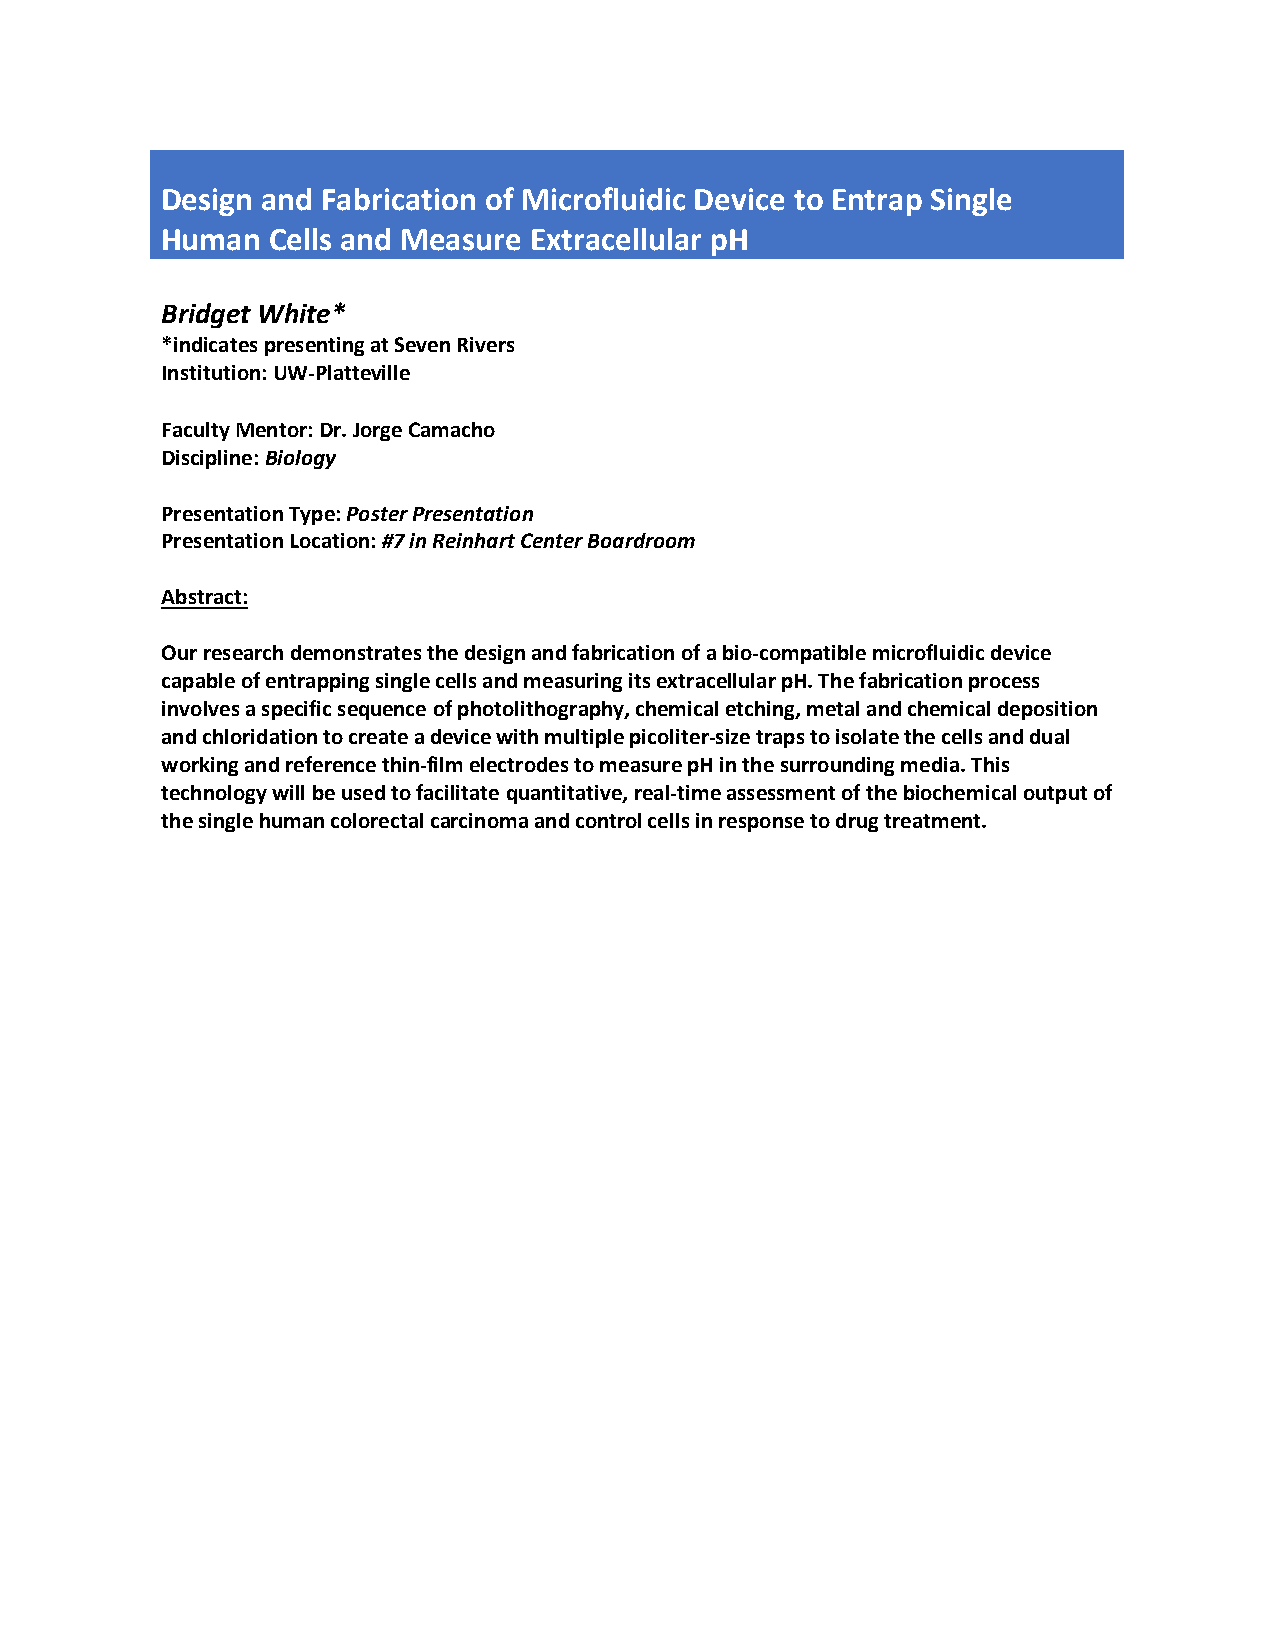
Design and Fabrication of Microfluidic Device to Entrap Single
 Human  Cells and Measure Extracellular pH
 Bridget White*
 *indicates presenting at Seven Rivers
 Institution: UW-Platteville
 Faculty Mentor: Dr. Jorge Camacho
 Discipline: Biology
 Presentation Type: Poster Presentation
 Presentation Location: #7 in Reinhart Center Boardroom
 Abstract:
 Our research demonstrates the design and fabrication of a bio-compatible microfluidic device
 capable of entrapping single cells and measuring its extracellular pH. The fabrication process
 involves a specific sequence of photolithography, chemical etching, metal and chemical deposition
 and chloridation to create a device with multiple picoliter-size traps to isolate the cells and dual
 working and reference thin-film electrodes to measure pH in the surrounding media. This
 technology will be used to facilitate quantitative, real-time assessment of the biochemical output of
 the single human colorectal carcinoma and control cells in response to drug treatment.